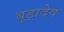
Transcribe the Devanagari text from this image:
बूड़ादेव